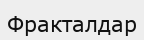
Фракталдар